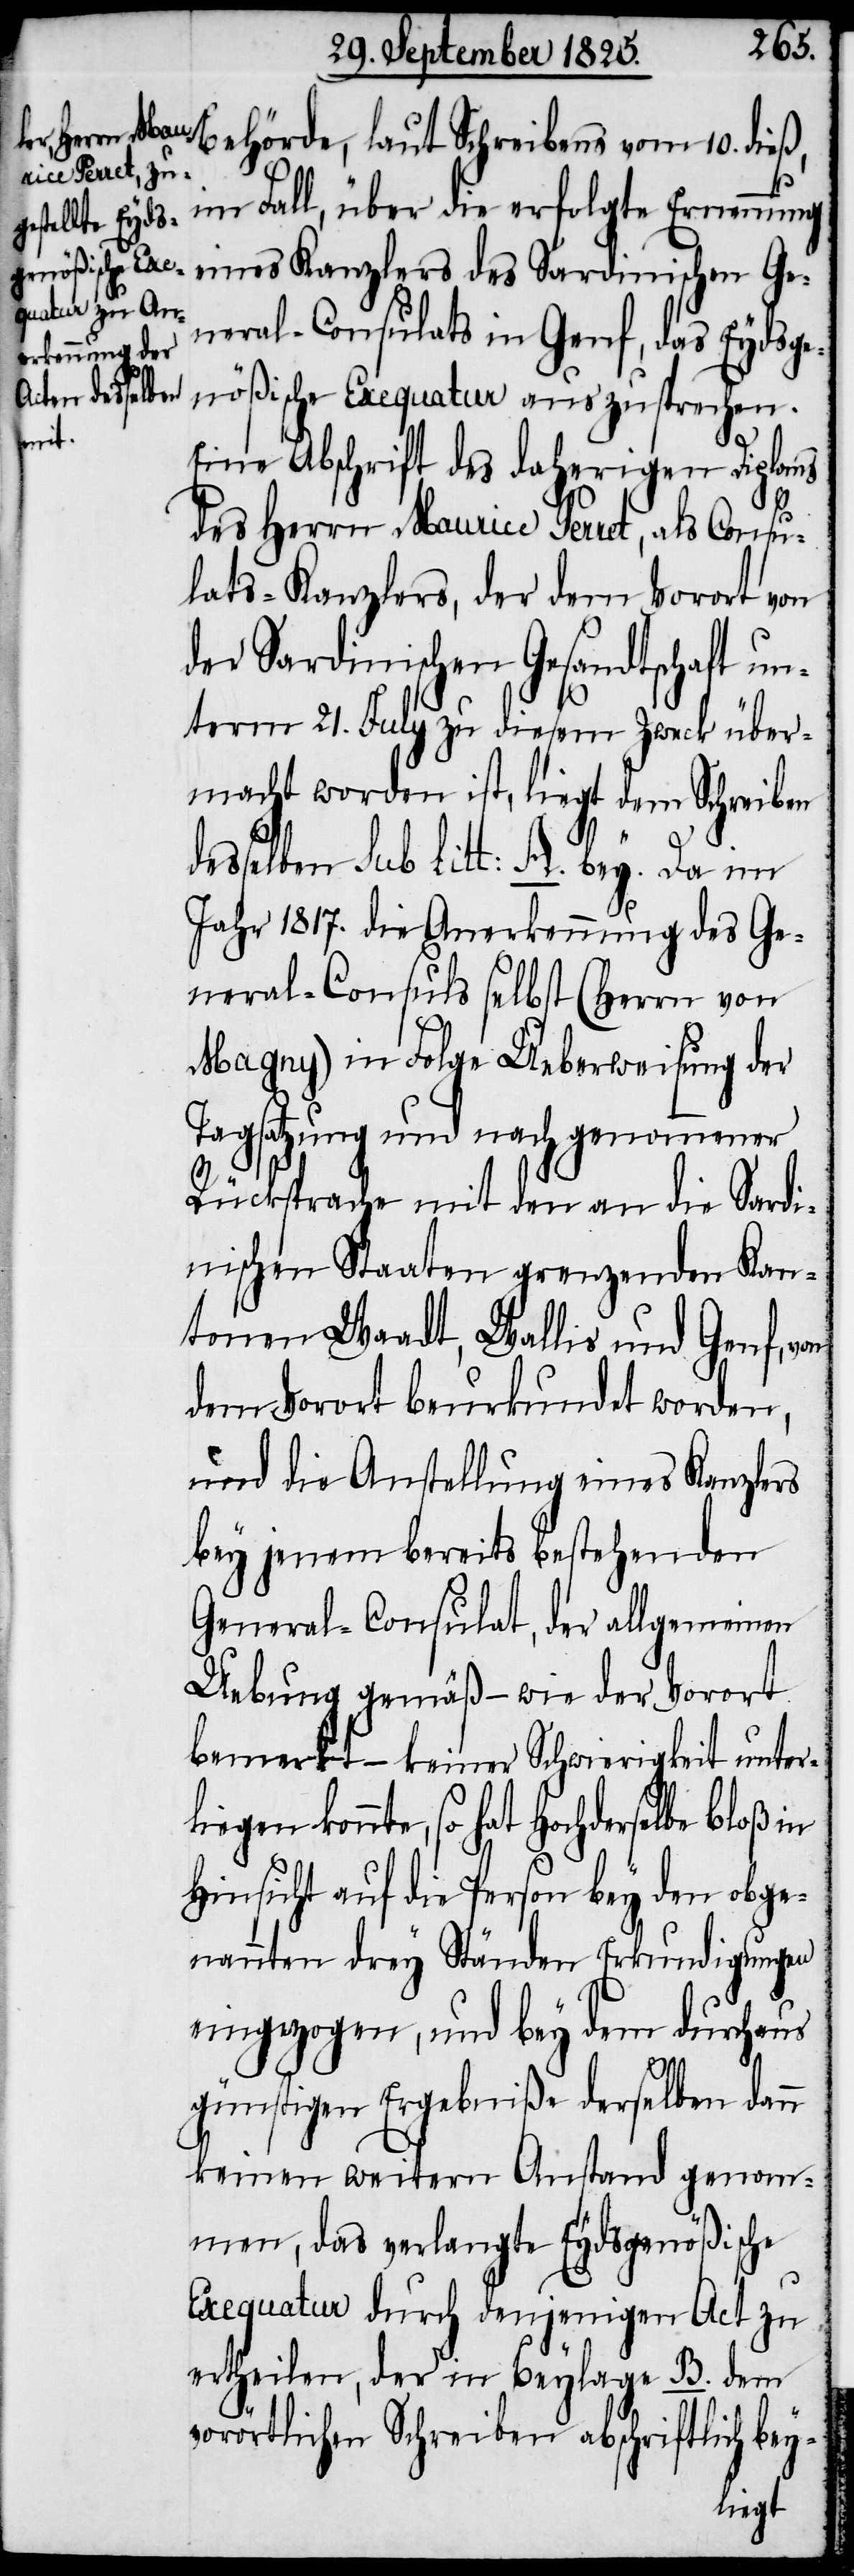
Behörde, laut Schreibens vom 10. dieß,
im Fall, über die erfolgte Ernennung
eines Kanzlers des Sardinischen Ge¬
neral-Consulats in Genf, das Eydsge¬
desselben
nößischer Exequatur aus zusprechen.
Eine Abschrift des daherigen Diploms
des Herrn, Maurice Perret, als Consu¬
lats-Kanzlers, der dem Vorort von
der Sardinischen Gesandtschaft un¬
term 21. July zu diesem Zweck über¬
macht worden ist, liegt dem Schreiben
sub litt: A. bey. Da im
Jahr 1817. die Anerkennung des Ge¬
neral-Consuls selbst (Herrn von
Magny) in Folge Ueberweisung der
Tagsatzung und nachgenommener
Rücksprache mit den an die Sardi¬
nischen Staaten grenzenden Kan¬
tonen Waadt, Wallis und Genf, von
dem Vorort beurkundet worden,
und die Anstellung eines Kanzlers
bey jenem bereits bestehenden
General-Consulat, der allgemeinen
Uebung gemäß – wie der Vorort
bemerkt – keiner Schwierigkeit unterl¬
iegen könnte, so hat Hochderselbe bloß in
Hinsicht auf die Person bey den obge¬
nannten drey Ständen Erkundigungen
eingezogen, und bey dem durchaus
günstigen Ergebniße derselben dann
keinen weitern Anstand genom¬
men, das verlangte Eydsgenößische
Exequatur durch denjenigen Act zu
ertheilen, der in Beylage B. dem
vorörtlichen Schreiben abschriftlich bey-